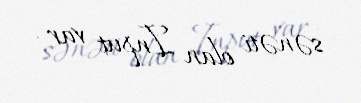
sənəti olan Input var .